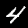
Label: 4